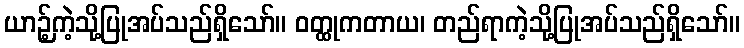
ယာဉ့်ကဲ့သို့ပြုအပ်သည်ရှိသော်။ ဝတ္ထုကတာယ၊ တည်ရာကဲ့သို့ပြုအပ်သည်ရှိသော်။